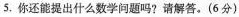
5.你还能提出什么数学问题吗?请解答。 (6分)